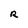
Character: R